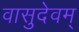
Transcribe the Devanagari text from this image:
वासुदेवम्